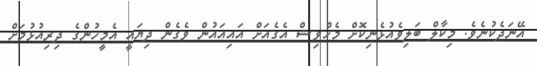
އޭނަދެކުނެވެ. މިކާލް ބަލިވެއުޅެނިކޮށް މެހްވިޝް އެގެއަށް އައިއައުން ވެގެން ދިޔައީ އެމީހުންގެ ދިރިއުޅުމަށް